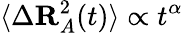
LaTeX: \langle\Delta\mathbf{R}_{A}^{2}(t)\rangle\propto t^{\alpha}